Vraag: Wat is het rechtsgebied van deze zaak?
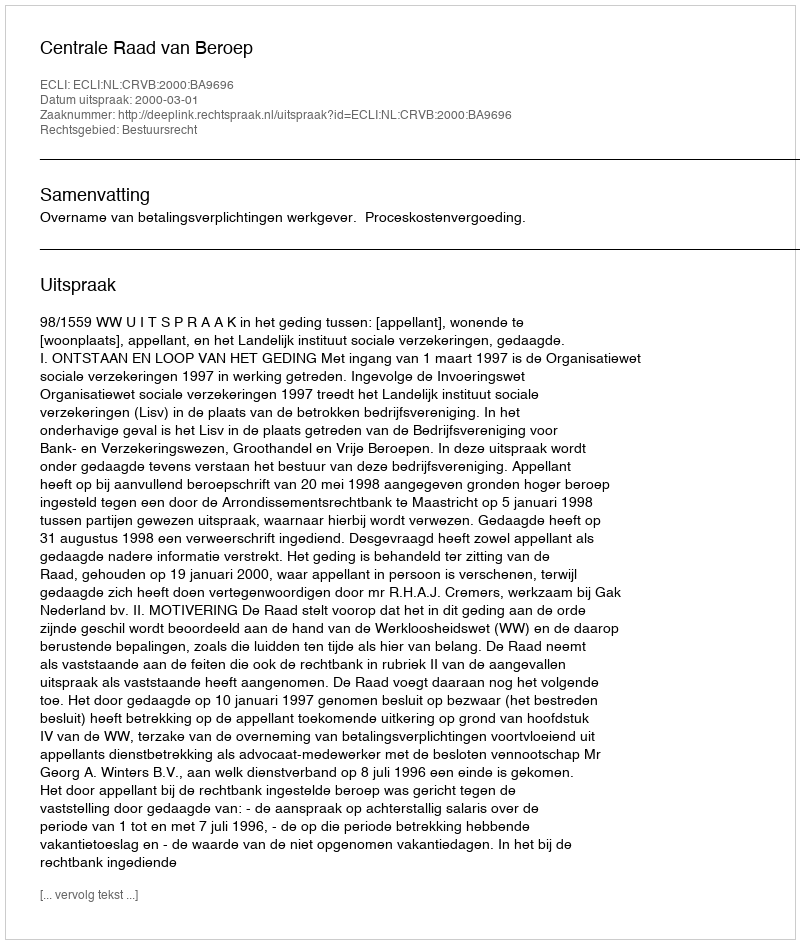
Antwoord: Bestuursrecht